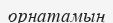
орнатамын